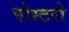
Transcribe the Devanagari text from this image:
पोस्टरो